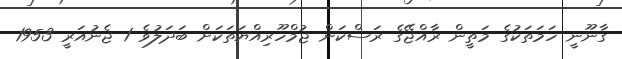
ގާނޫނީ ހަމަތަކުގެ މަތީން ރާއްޖޭގެ ރަސްކަން ޖުމްހޫރިއްޔަތަކަށް ބަދަލުވެ 1 ޖެނުއަރީ 1953